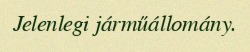
Jelenlegi járműállomány.